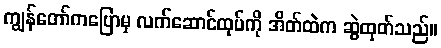
ကျွန်တော်ကပြောမှ လက်ဆောင်ထုပ်ကို အိတ်ထဲက ဆွဲထုတ်သည်။